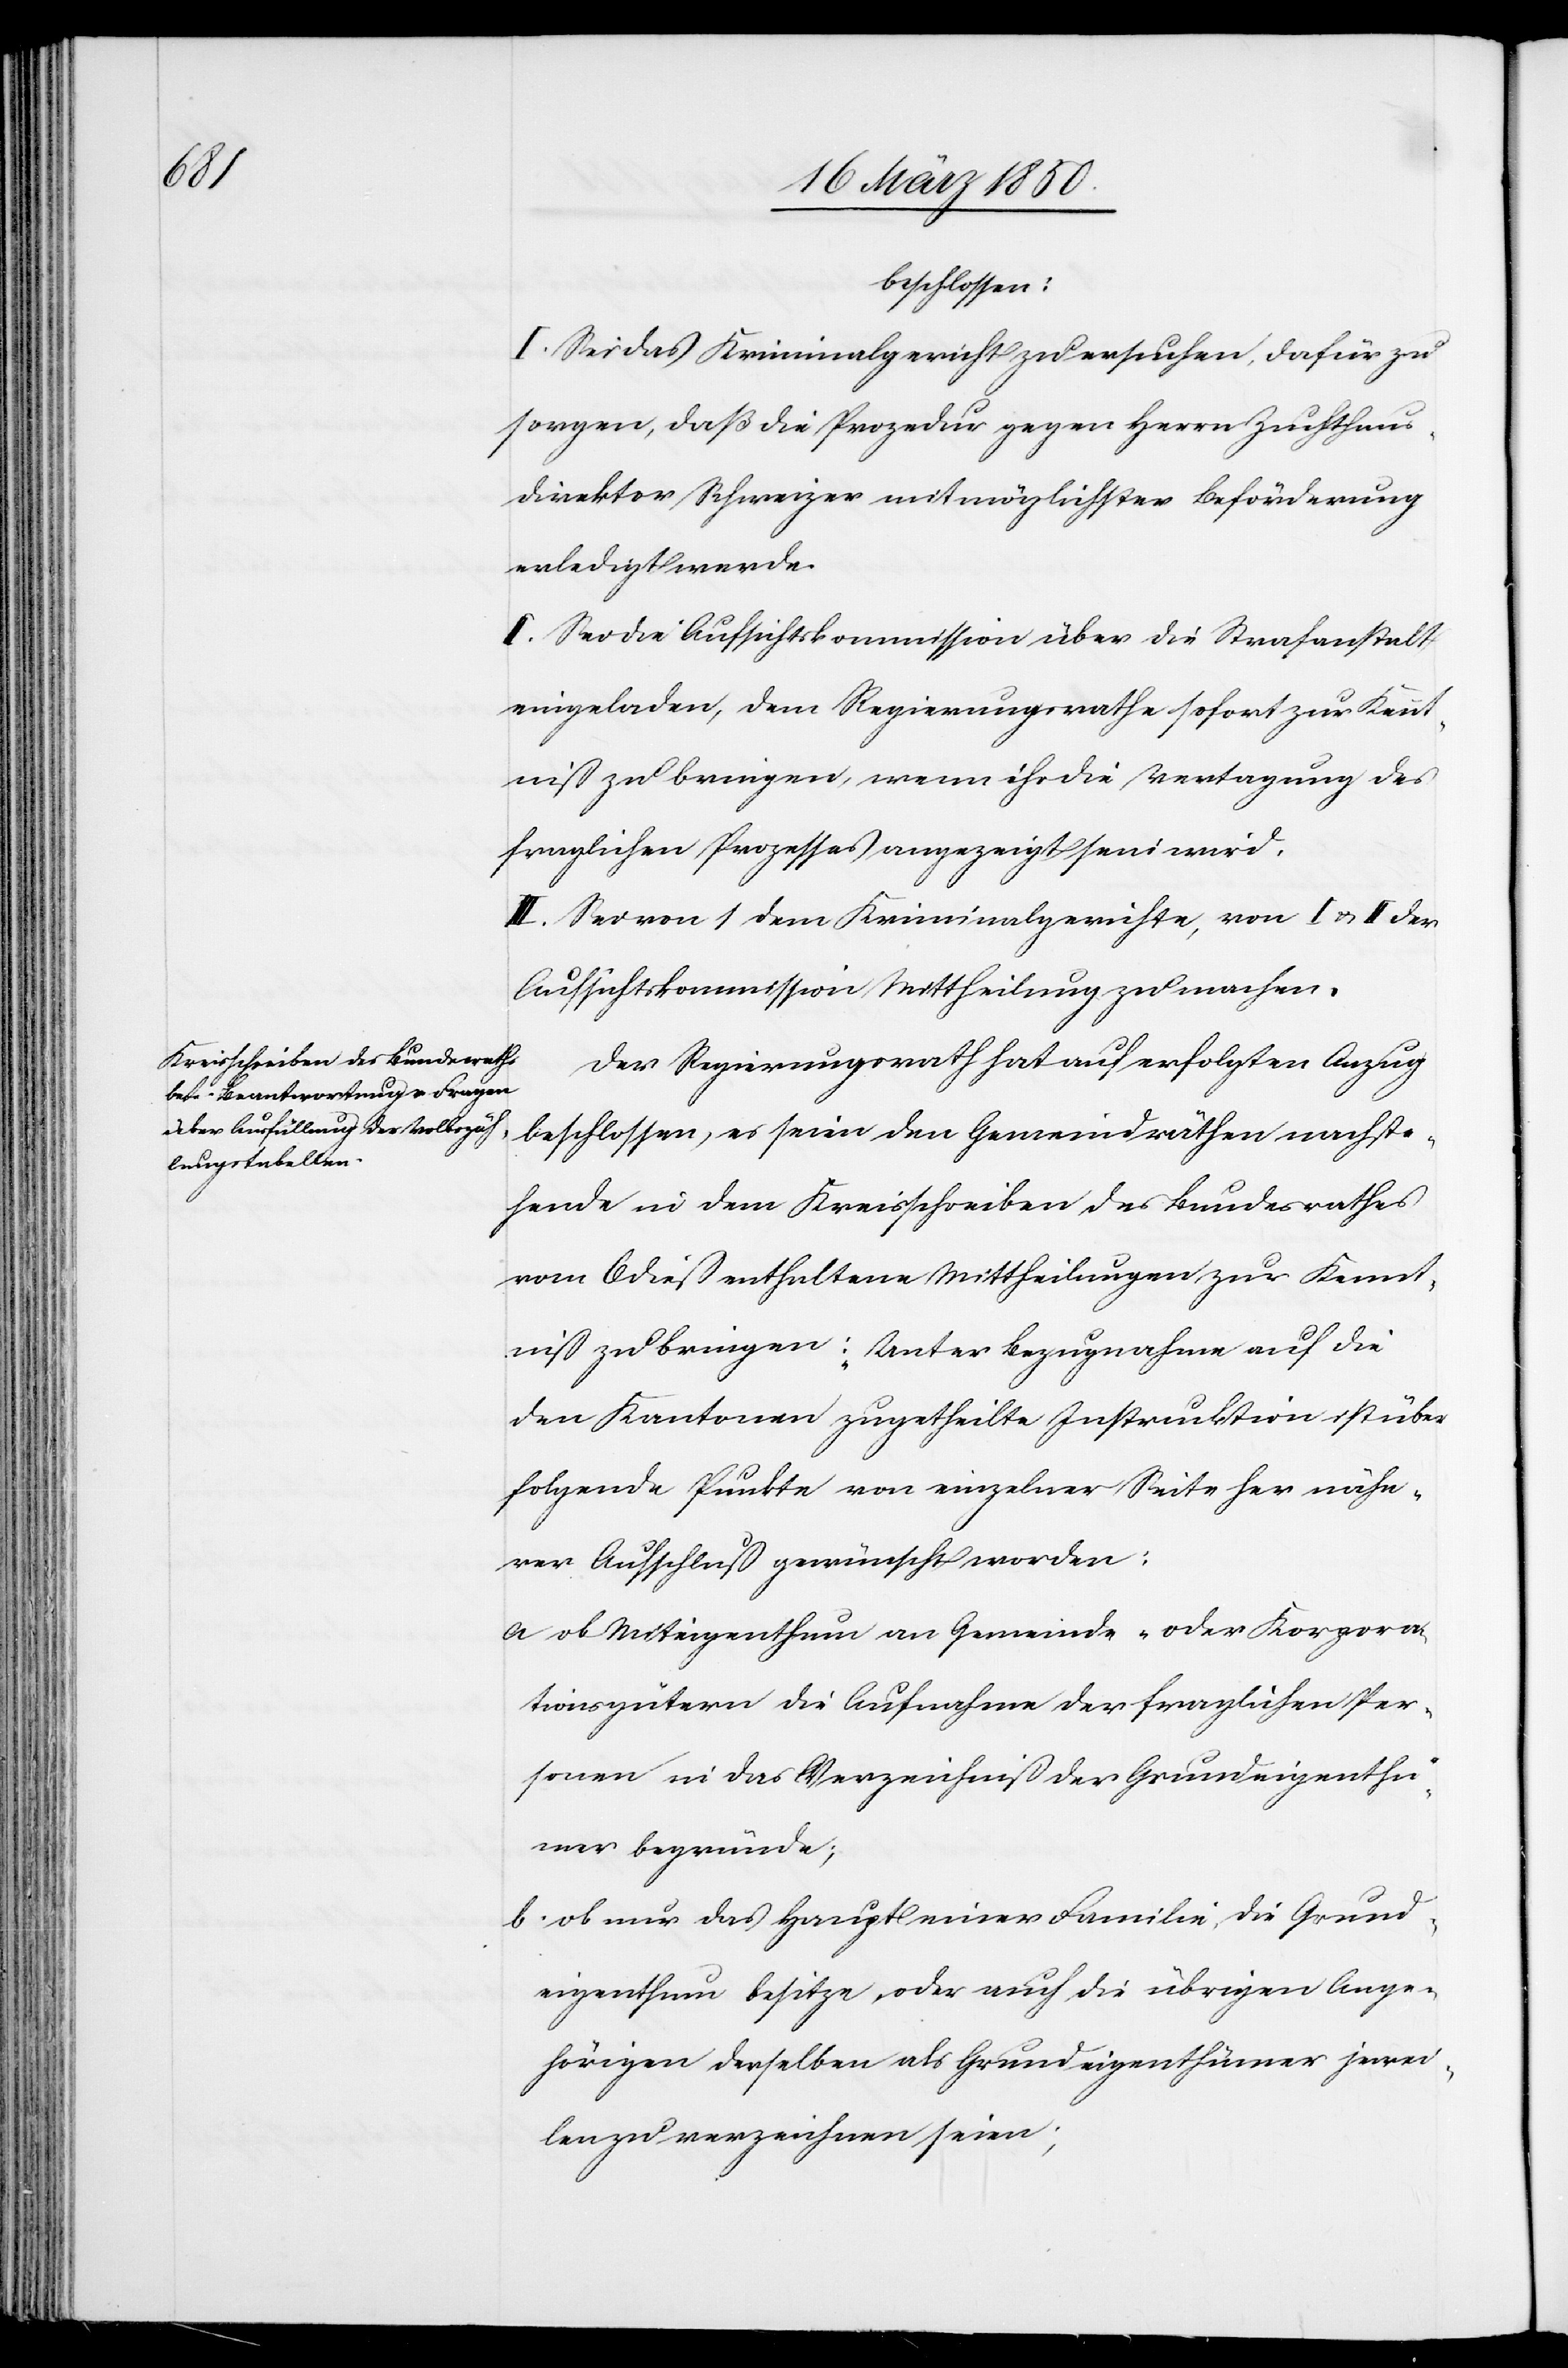
beschlossen:
I. Sei das Kriminalgericht zu ersuchen, dafür zu
sorgen, daß die Prozedur gegen Herrn Zuchthaus¬
direktor Schweizer mit möglichster Beförderung
erledigt werde.
II. Sei die Aufsichtskommission über die Strafanstalt
eingeladen, dem Regierungsrathe sofort zur Kennt¬
niß zu bringen, wenn ihr die Vertagung des
fraglichen Prozesses angezeigt sein wird.
III. Sei von 1 dem Kriminalgerichte, von I. u. II der
Aufsichtskommission Mittheilung zu machen.
Der Regierungsrath hat auf erfolgten Anzug
beschlossen, es seien den Gemeindräthen nachste¬
hende in dem Kreisschreiben des Bundesrathes
vom 6 dieß enthaltene Mittheilungen zur Kennt¬
niß zu bringen: „Unter Bezugnahme auf die
den Kantonen zugetheilte Instrucktion ist über
folgende Punkte von einzelner Seite her nähe¬
rer Aufschluß gewünscht worden:
a ob Miteigenthum an Gemeinde- oder Korpora¬
tionsgütern die Aufnahme der fraglichen Per¬
sonen in das Verzeichniß der Grundeigenthü¬
mer begründe;
b. ob nur das Haupt einer Familie die Grund¬
eigenthum besitze, oder auch die übrigen Ange¬
hörigen derselben als Grundeigenthümer jewei¬
len zu verzeichnen seien;